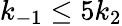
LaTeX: k_{-1}\leq 5k_{2}